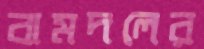
বামদলের